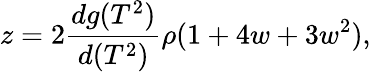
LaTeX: z=2\frac{dg(T^{2})}{d(T^{2})}\rho(1+4w+3w^{2}),